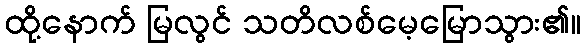
ထို့နောက် မြလွင် သတိလစ်မေ့မြောသွား၏။